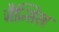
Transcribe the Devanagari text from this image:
जैन्सिस